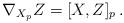
LaTeX: \begin{align*} \nabla _{X_p}Z = [X, Z]_p \, .\end{align*}